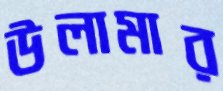
উলামার